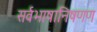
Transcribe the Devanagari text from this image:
सर्वभाषानिषणण